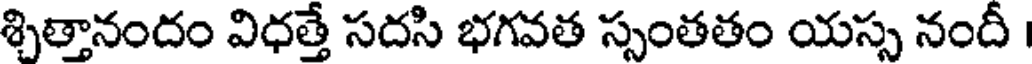
శ్చిత్తానందం విధత్తే సదసి భగవత స్సంతతం యస్స నందీ